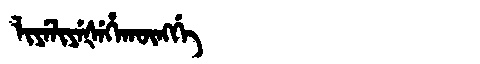
Manchu: ᠯᡳᠶᡝᠯᡳᠶᡝᡧᡝᡥᠠᡴᡡᠩᡤᡝ
Romanization: LIYELIYEŠEHAKŪNGGE